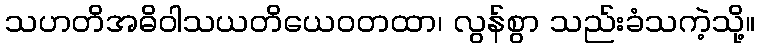
သဟတိအဓိဝါသယတိယေဝတထာ၊ လွန်စွာ သည်းခံသကဲ့သို့။